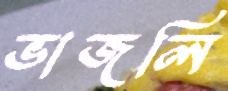
ভাজলি